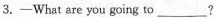
3.—What are you going to___ ?